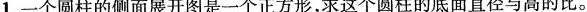
1.一个圆柱的侧面展开图是一个正方形，求这个圆柱的底面直径与高的比。